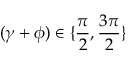
( \gamma + \phi ) \in \{ \frac { \pi } { 2 } , \frac { 3 \pi } { 2 } \}